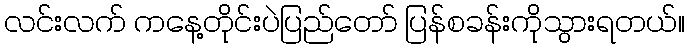
လင်းလက် ကနေ့တိုင်းပဲပြည်တော် ပြန်စခန်းကိုသွားရတယ်။